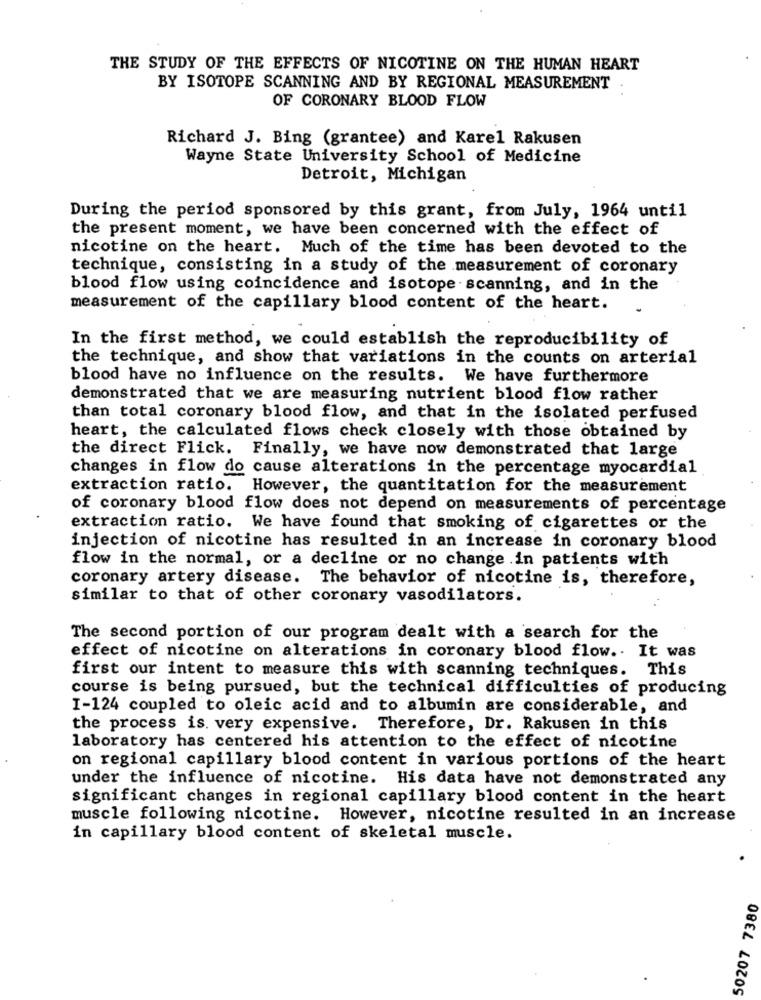
THE STUDY OF THE EFFECTS OF NICOTINE ON THE HUMAN HEART
BY ISOTOPE SCANNING AND BY REGIONAL MEASUREMENT
OF CORONARY BLOOD FLOW
Richard J. Bing (grantee) and Karel Rakusen
Wayne State University School of Medicine
Detroit, Michigan
During the period sponsored by this grant, from July, 1964 until
the present moment, we have been concerned with the effect of
nicotine on the heart. Much of the time has been devoted to the
technique, consisting in a study of the measurement of coronary
blood flow using coincidence and isotope scanning, and in the
measurement of the capillary blood content of the heart.
In the first method, we could establish the reproducibility of
the technique, and show that variations in the counts on arterial
blood have no influence on the results. We have furthermore
demonstrated that we are measuring nutrient blood flow rather
than total coronary blood flow, and that in the isolated perfused
heart, the calculated flows check closely with those obtained by
the direct Flick. Finally, we have now demonstrated that large
changes in flow do cause alterations in the percentage myocardial
extraction ratio. However, the quantitation for the measurement
of coronary blood flow does not depend on measurements of percentage
extraction ratio. We have found that smoking of cigarettes or the
injection of nicotine has resulted in an increase in coronary blood
flow in the normal, or a decline or no change in patients with
coronary artery disease. The behavior of nicotine is, therefore,
similar to that of other coronary vasodilators.
The second portion of our program dealt with a search for the
effect of nicotine on alterations in coronary blood flow .. It was
first our intent to measure this with scanning techniques. This
course is being pursued, but the technical difficulties of producing
I-124 coupled to oleic acid and to albumin are considerable, and
the process is. very expensive. Therefore, Dr. Rakusen in this
laboratory has centered his attention to the effect of nicotine
on regional capillary blood content in various portions of the heart
under the influence of nicotine. His data have not demonstrated any
significant changes in regional capillary blood content in the heart
muscle following nicotine. However, nicotine resulted in an increase
in capillary blood content of skeletal muscle.
50207 7380